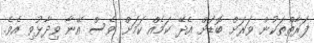
ފަރާތްތަކުން ވަރަށް ބޮޑަށް އެދޭ ކަމެއް ކަމަށް ވެސް އޭނާ ވިދާޅުވި އެވެ.